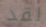
لقد